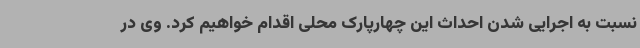
نسبت به اجرایی شدن احداث این چهارپارک محلی اقدام خواهیم کرد. وی در